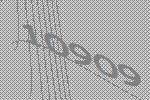
10909